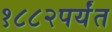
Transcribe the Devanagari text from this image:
१८८२पर्यंत